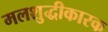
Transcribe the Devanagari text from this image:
मलशुद्धीकारक